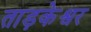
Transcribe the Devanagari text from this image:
ताड़केश्वर